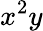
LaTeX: x^{2}y